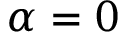
\alpha = 0